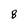
Character: 8